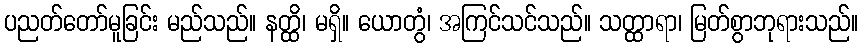
ပညတ်တော်မူခြင်း မည်သည်။ နတ္ထိ၊ မရှိ။ ယောတွံ၊ အကြင်သင်သည်။ သတ္ထာရာ၊ မြတ်စွာဘုရားသည်။